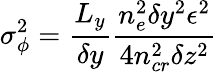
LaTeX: \sigma_{\phi}^{2}=\frac{L_{y}}{\delta y}\frac{n_{e}^{2}\delta y^{2}\epsilon^{2}}{4n_{cr}^{2}\delta z^{2}}